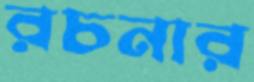
রচনার